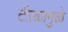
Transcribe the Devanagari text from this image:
टेंग़ळामुळे